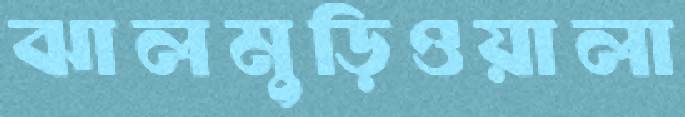
ঝালমুড়িওয়ালা